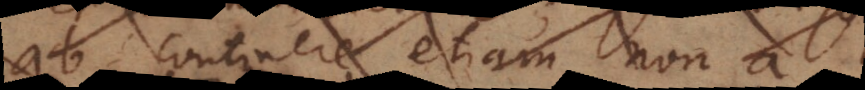
ab continere etiam a,